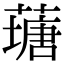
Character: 䕋